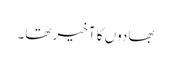
بھادوں کا آخیر تھا۔